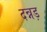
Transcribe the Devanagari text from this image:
दन्नड़